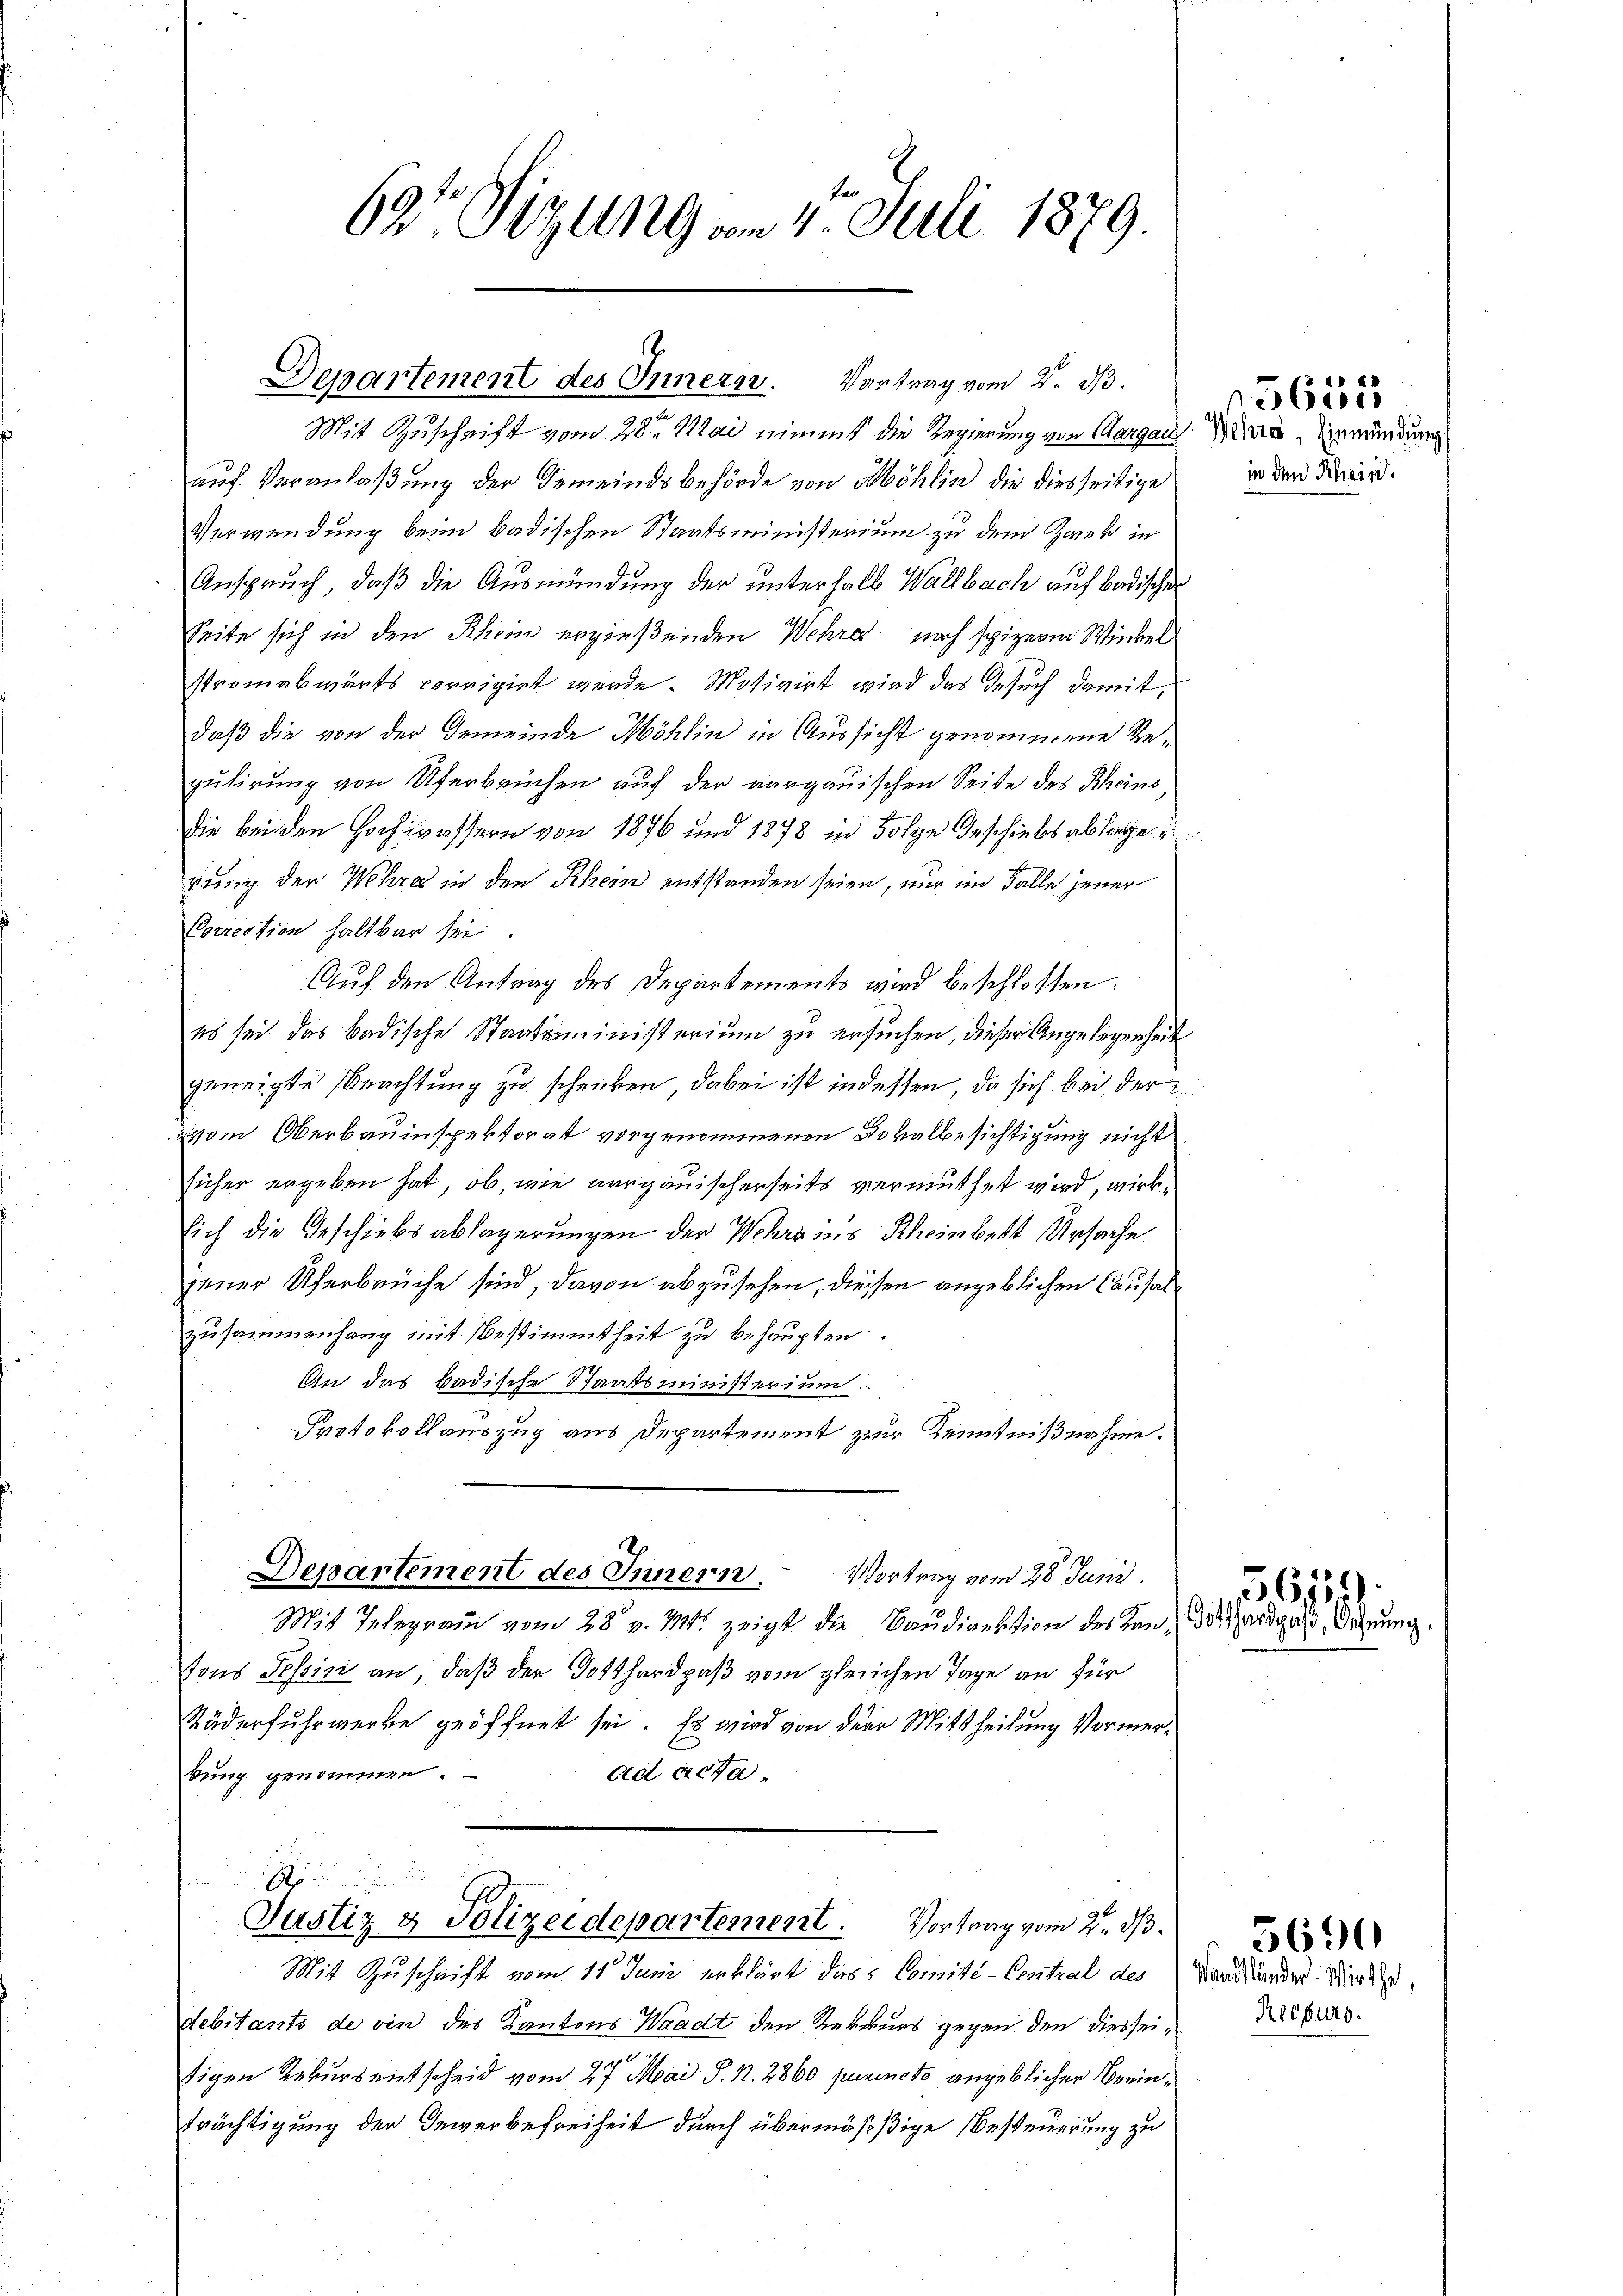
62t Sizung am 4. Juli 1879.

Departement des Innerer. Vortrag vom 2. d.

Mit Zuschrift vom 28ten Mai nimmt die Regierung von Aargau
auf Veranlaßung der Gemeindsbehörde von Möhlin die diesseitige
Verwendung beim badischen Staatsministerium zu dem Zwek in
Anspruch, daß die Ausmündung der unterhalb Wallbach auf badischen
Seite sich in den Rhein ergießenden Wehres nach spizern Winkel
stromabwärts corrigirt werde. Motivirt wird das Gesuch damit,
daß die von der Gemeinde Möhlin in Aussicht genommene Regutirung von Uferbrüchen auf der aargauischen Seite des Rheins¬
Die bei den Hochwassern von 1876 und 1878 in Folge Geschiebes ablage
pung der Wehra in den Rhein entstanden seien, nur im Falle jener
Correction haltbar sei.
Auf den Antrag des Departemento wird beschlossen:
es sei das badische Staatsministerium zu ersuchen, dieser Angelegenheit
geneigte Beachtung zu schenken, dabei ist indessen, da sich bei der
vom Oberbauinspektorat vorgenommenen Dokalbesichtigung nicht
sicher ergeben hat, ob, wie aargauischerseits vermuthet wird, wirksich die Geschiebsablagerungen der Wehrs ins Rheinbett Ursache
jener Uferbrüche sind, davon abzusehen, diessen angeblichen Causalzusammenhang mit Bestimmtheit zu behaupten.
An das badische Staatsministerium
Protokollauszug aus Departement zur Kenntnißnahme.

Departement des Innern. Vortrag vom 28. Juni.

Mit Telegrau vom 28. v. M. zeigt die Baudirektion des Rende Gardegard Wehrung.
tons Tessin an, daß der Totthardpaß vom gleichen Tage an für
Räderfuhrwerke geöffnet sei. Es wird von der Mittheilung Vormerbung genommen.
ad acta.
A

Justiz & Polizeidepartement. Vortrag vom 2. ds.

Mit Zuschrift vom 11. Juni erklärt das Comité-Central des Handänder. Wird
debitants de vin des Kantons Waadt den Rekurs gegen den diesseisigen Rekurs entscheid vom 27. Mai P. N. 2860 puninoto angeblicher Beeinträchtigung der Gewerbefreiheit durch übermässige Besteuerung zu

Wehrs, Einmündung
in den Rhein.

5655

56152)

Recurs.

5690